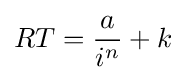
RT={\frac {a}{i^{n}}}+k